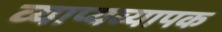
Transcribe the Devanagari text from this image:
व्याप्यव्यापक